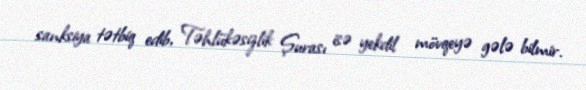
sanksiya tətbiq edib, Təhlükəsizlik Şurası isə yekdil mövqeyə gələ bilmir.